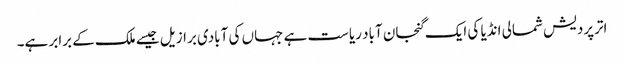
اترپردیش شمالی انڈیا کی ایک گنجان آباد ریاست ہے جہاں کی آبادی برازیل جیسے ملک کے برابر ہے۔